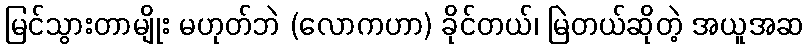
မြင်သွားတာမျိုး မဟုတ်ဘဲ (လောကဟာ) ခိုင်တယ်၊ မြဲတယ်ဆိုတဲ့ အယူအဆ